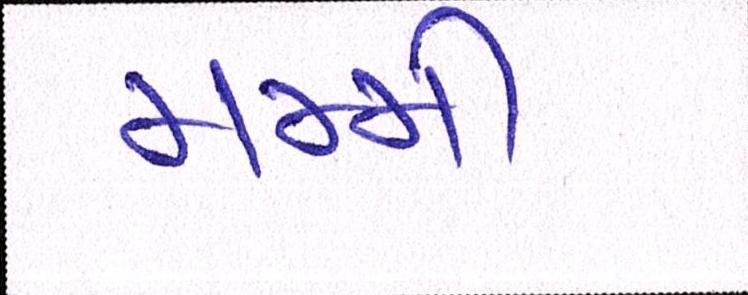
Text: મમ્મી